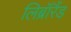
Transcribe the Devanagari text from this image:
लिब्रॉरैंड